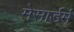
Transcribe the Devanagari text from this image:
मेसार्डर्म